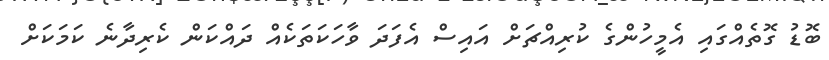
ބޮޑު ގޮތެެއްގައި އެމީހުންގެ ކުރިއްޗަށް އައިސް އެފަދަ ވާހަކަތަކެއް ދައްކަން ކެރިދާނެ ކަމަކަށް